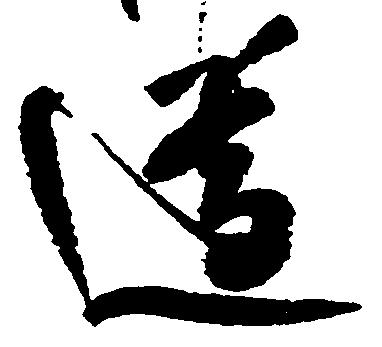
遵